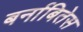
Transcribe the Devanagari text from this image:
बर्नाबितेस